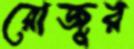
রোজুর